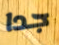
جدا